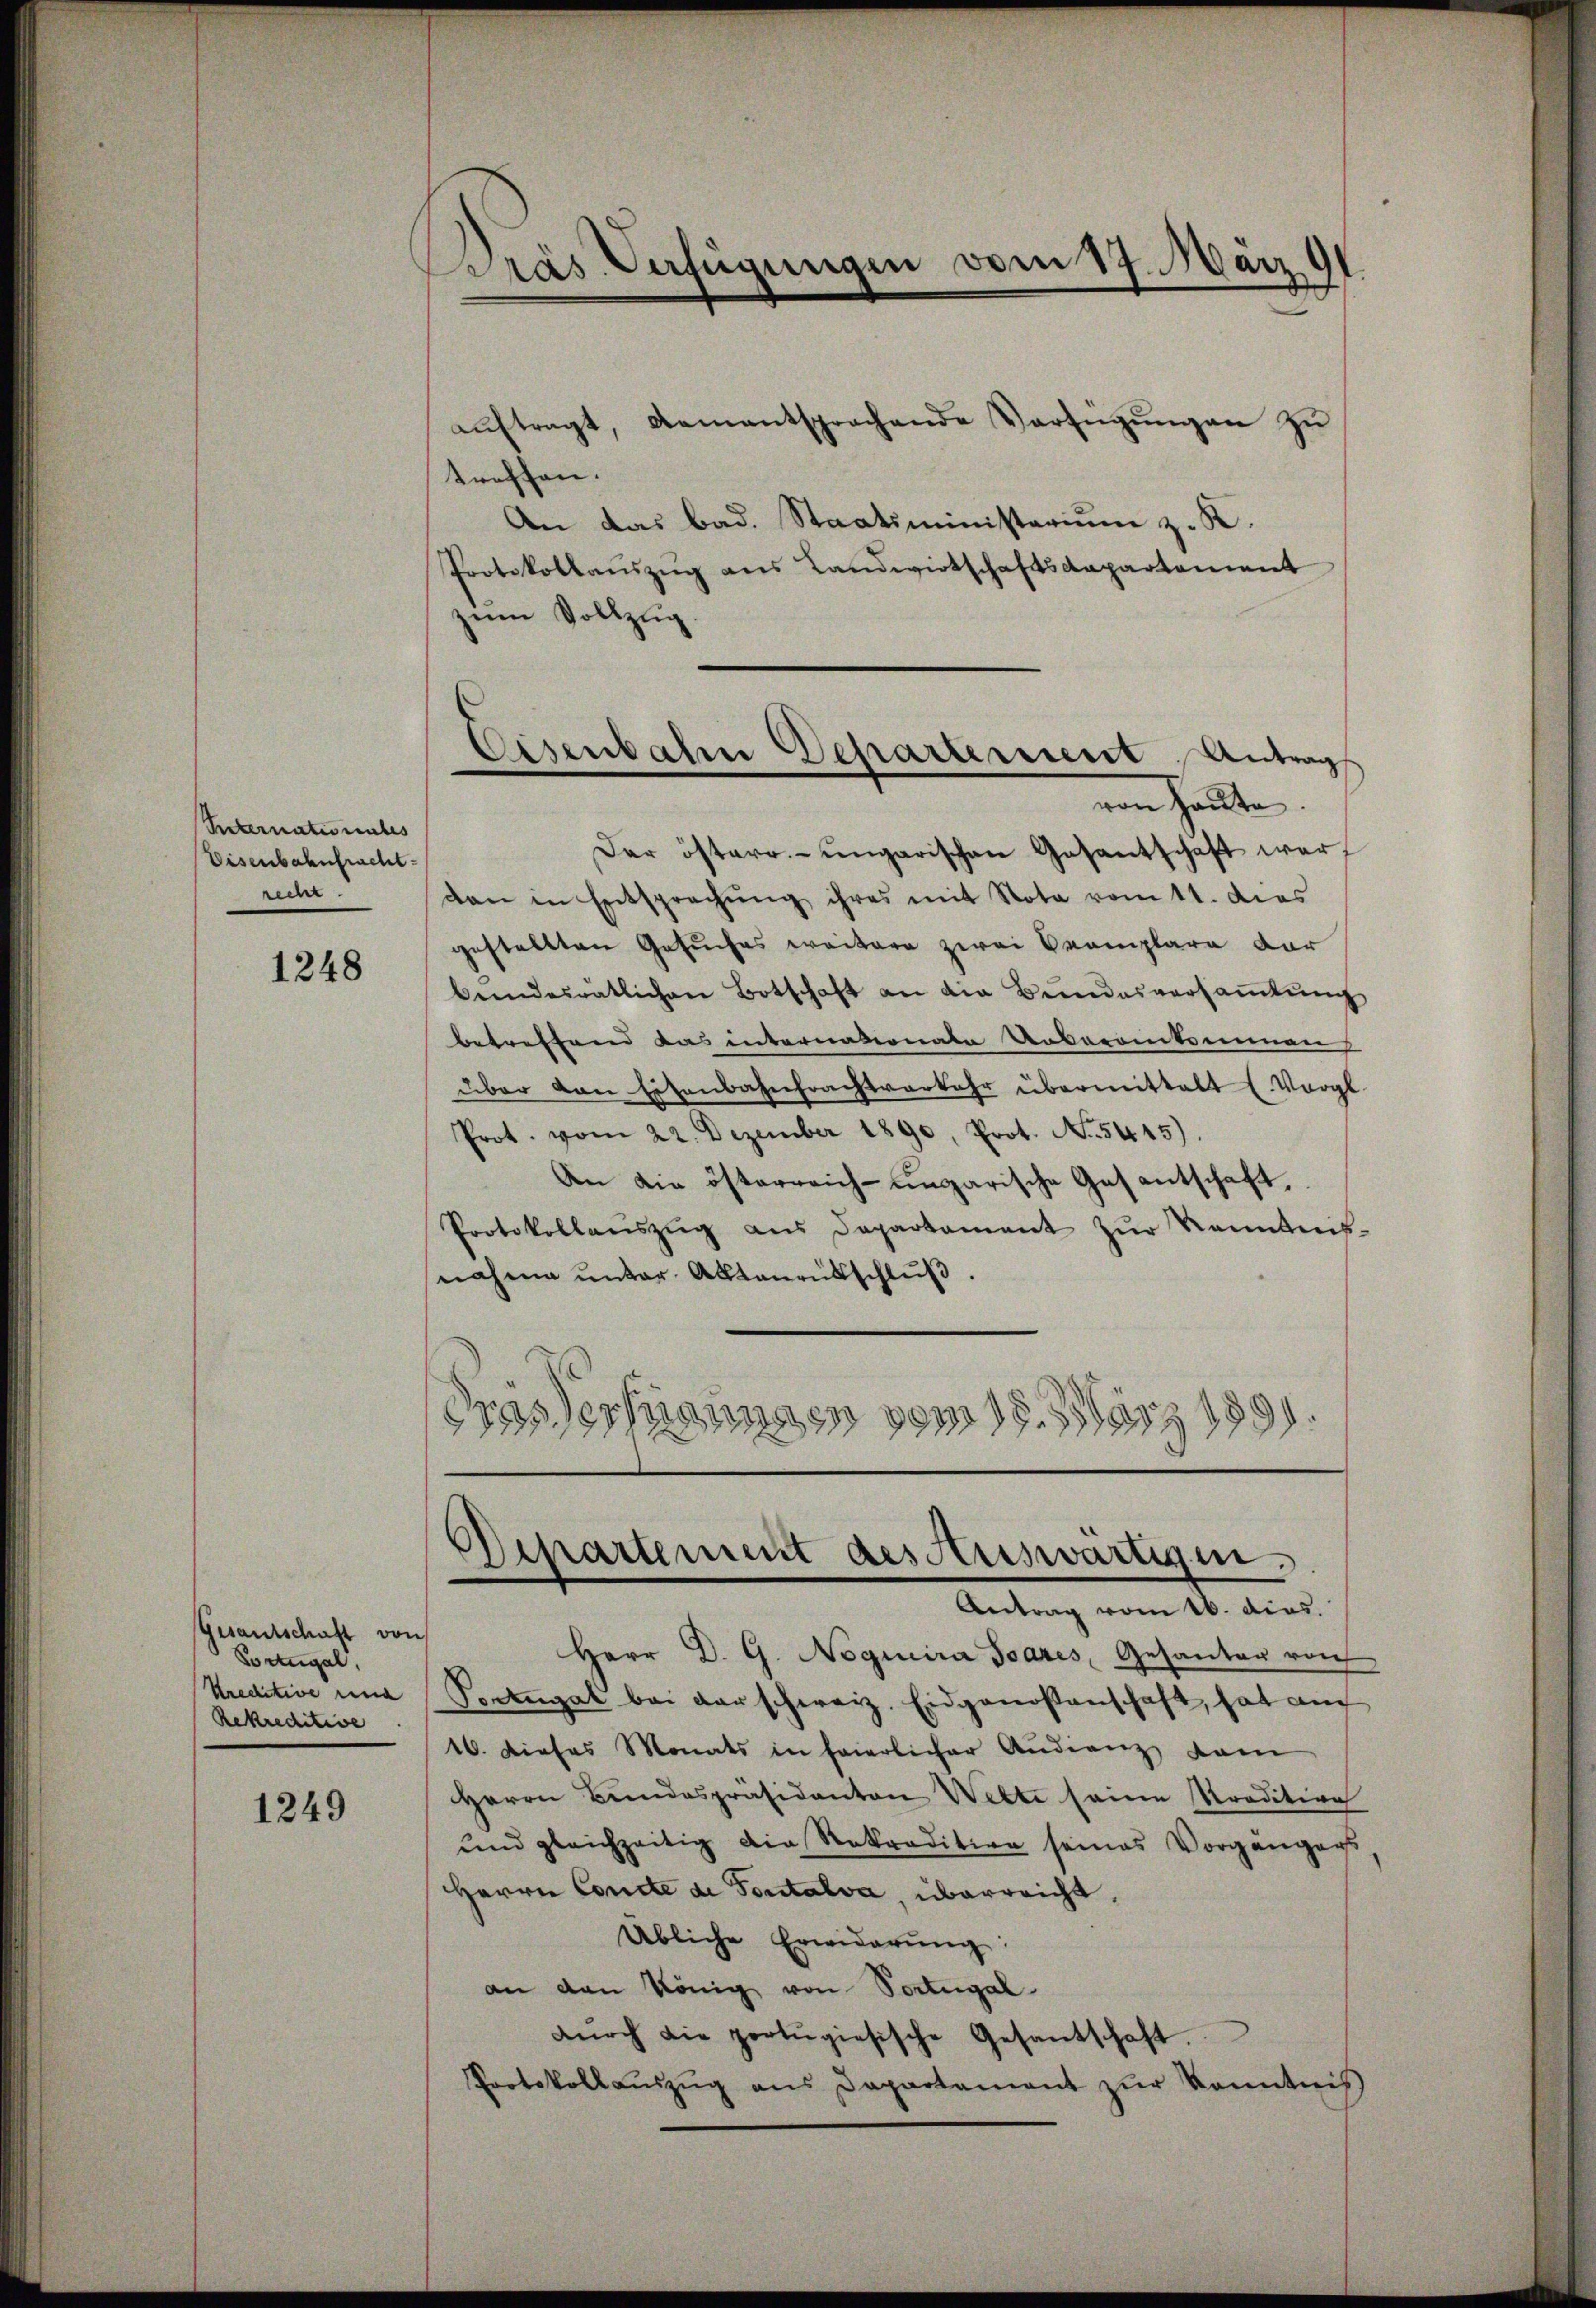
Reternates unbes
Eisenbahnfracht
e

1248

Gesantschaft von
Vortugal.
Kreditive una
Rekreditive

1249

Pras Verfügungen vom 14. März 91
¬

aŭftragt, dementsprachende Verfügŭngen zu
treffen.
An das bad. Staatsministerium z. K.
Protokollauszug aus Landwirtschaftsdepartement
zum Vollzug.
Der österr.-ungarischen Gesantschaft war,
dan in Entsprechung ihres mit Nota vom 11. dies
gestellten Gesuches weitere zwei Bremplare dar
bendesratlichen Botschaft an die Bundesversaṁlŭng
betreffend das internationale Uebereinkommen
über den Eisenbahnfrachtverkehr übermittalt (Vergl
Prot. vom 22. Dezember 1890, Prot. No. 5445).
An die österreich-ungarische Gesentschaft,
Protokollanszŭg aŭs Departamant zŭr Kenntnis-
nahme ŭnter Aktenrütschlŭβ.
Das Verfügungen vom 18. März 1891.

Eisenbahn Departement Antrag
von Hallte.

Departement des Auswärtigen.
Antrag vom 16. dies.

Herr D. G. Noquira Joares, Gesantag von
Pertugal bei der schweiz. Eidgenossenschaft, hat am
16. dieses Monats in feierlicher Audienz dam
Herrn Bundespräsidanton Wette seine Kredition
und gleichzeitig die Rekradition seines Vorgängers
Herrn Concle de Fontalva, überreicht,
Übliche Erwiderŭng
an den König von Portugal
dŭrch die portŭgiesische Gesantschaft.
Protokollaŭszŭg ans Departement zŭr Kenntnis